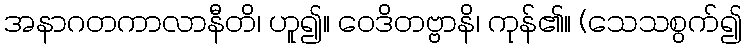
အနာဂတကာလာနီတိ၊ ဟူ၍။ ဝေဒိတဗ္ဗာနိ၊ ကုန်၏။ (သေသစွက်၍